Annual report on the working of the lock hospitals in the North-Western Provinces and Oudh
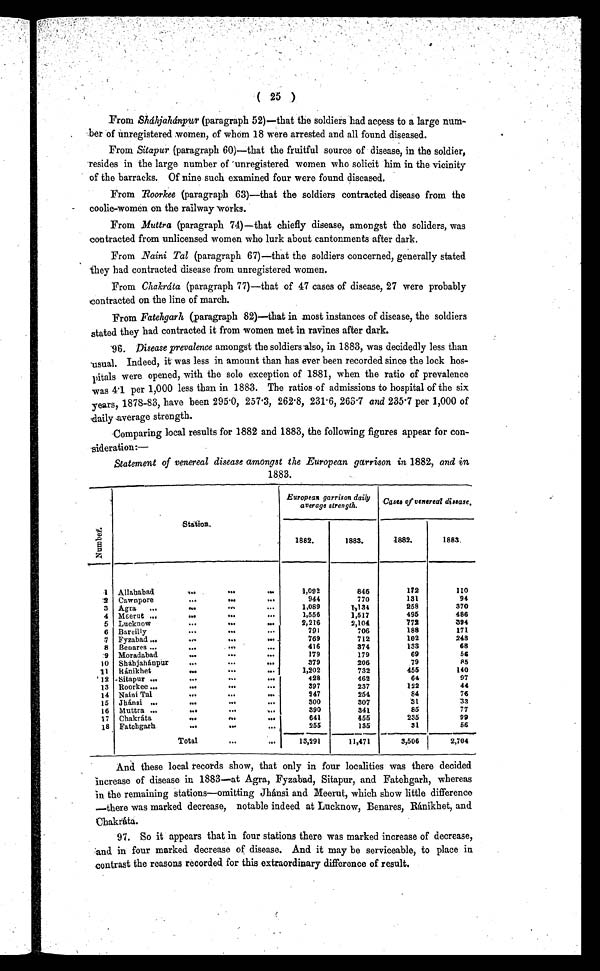
( 25 )
From Sháhjahánpur (paragraph 52)—that the soldiers had access to a large num-
ber of unregistered women, of whom 18 were arrested and all found diseased.
From Sitapur (paragraph 60)—that the fruitful source of disease, in the soldier,
resides in the large number of unregistered women who solicit him in the vicinity
of the barracks. Of nine such examined four were found diseased.
From Roorkee (paragraph 63)—that the soldiers contracted disease from the
coolie-women on the railway works.
From .Muttra (paragraph 74)—that chiefly disease, amongst the soliders, was
contracted from unlicensed women who lurk about cantonments after dark.
From Naini Tal (paragraph 67)—that the soldiers concerned, generally stated
They had contracted disease from unregistered women.
From Chakráta (paragraph 77)—that of 47 cases of disease, 27 were probably
contracted on the line of march.
From Fatehgarh (paragraph 82)—that in most instances of disease, the soldiers
stated they had contracted it from women met in ravines after dark.
96. Disease prevalence amongst the soldiers also, in 1883, was decidedly less than
usual. Indeed, it was less in amount than has ever been recorded since the lock hos-
pitals were opened, with the sole exception of 1881, when the ratio of prevalence
was 41 per 1,000 less than in 1883. The ratios of admissions to hospital of the six
years, 1878-83, have been 295 .0, 257 .3, 262 . 8, 231 . 6, 263 .7 and 235 . 7 per 1,000 of
daily average strength.
Comparing local results for 1882 and 1883, the following figures appear for con-
sideration:—
Statement of venereal disease amongst the European garrison in 1882, and in
1883.
N u m b e r
Station.
European garrison daily
average strength.
Cases of venereal disease
1882.
1883.
1882.
1883.
1
Allahabad
. ..
...
...
1,092
846
172
1 10
2
Cawnpore
...
...
...
944
770
131
94
3
Agra
...
...
...
...
1,089
1,134
258
370
4 Meerut ...
...
...
...
1,556
1,517
495
486
5 Lucknow
... ... ..
2,216
2,104
772
394
6 Bareilly
...
... ...
791
706
188
171
7 Fyzabad
...
...
769
712
102
248
8
Benares
...
...
416
374
133
68
:9
Moradabad
..
...
..
179
179
69
56
10 Sháhjahánpur
...
...
...
379
206
79
85
11
Ránikhet
..
..
...
1,202
732
455
140
12 Sitapur ...
...
...
...
428
462
64
97
13 Roorkee ...
...
...
...
397
237
122
44
14 Naini Tal
...
...
...
247
254,
84
76
15 Jhánsi ,..
...
..
.....
300
307
31
33
16 Muttra ...
....
...
.....
390
341
85
77
97 Chakráta
...
... ...
641
455
235
99
18 Fatehgarh
..
...
...
255
135
31
56
Total
...
...
13,291
11,471
3,506
2,704
And these local records show, that only in four localities was there decided
increase of disease in 1883—at Agra, Fyzabad, Sitapur, and Fatehgarh, whereas
in the remaining stations—omitting Jhánsi and Meerut, which show little difference
—there was marked decrease, notable indeed at Lucknow, Benares, Ránikhet, and
Chakráta.
97. So it appears that in four stations there was marked increase of decrease,
and in four marked decrease of disease. And it may be serviceable, to place in
contrast the reasons recorded for this extraordinary difference of result.